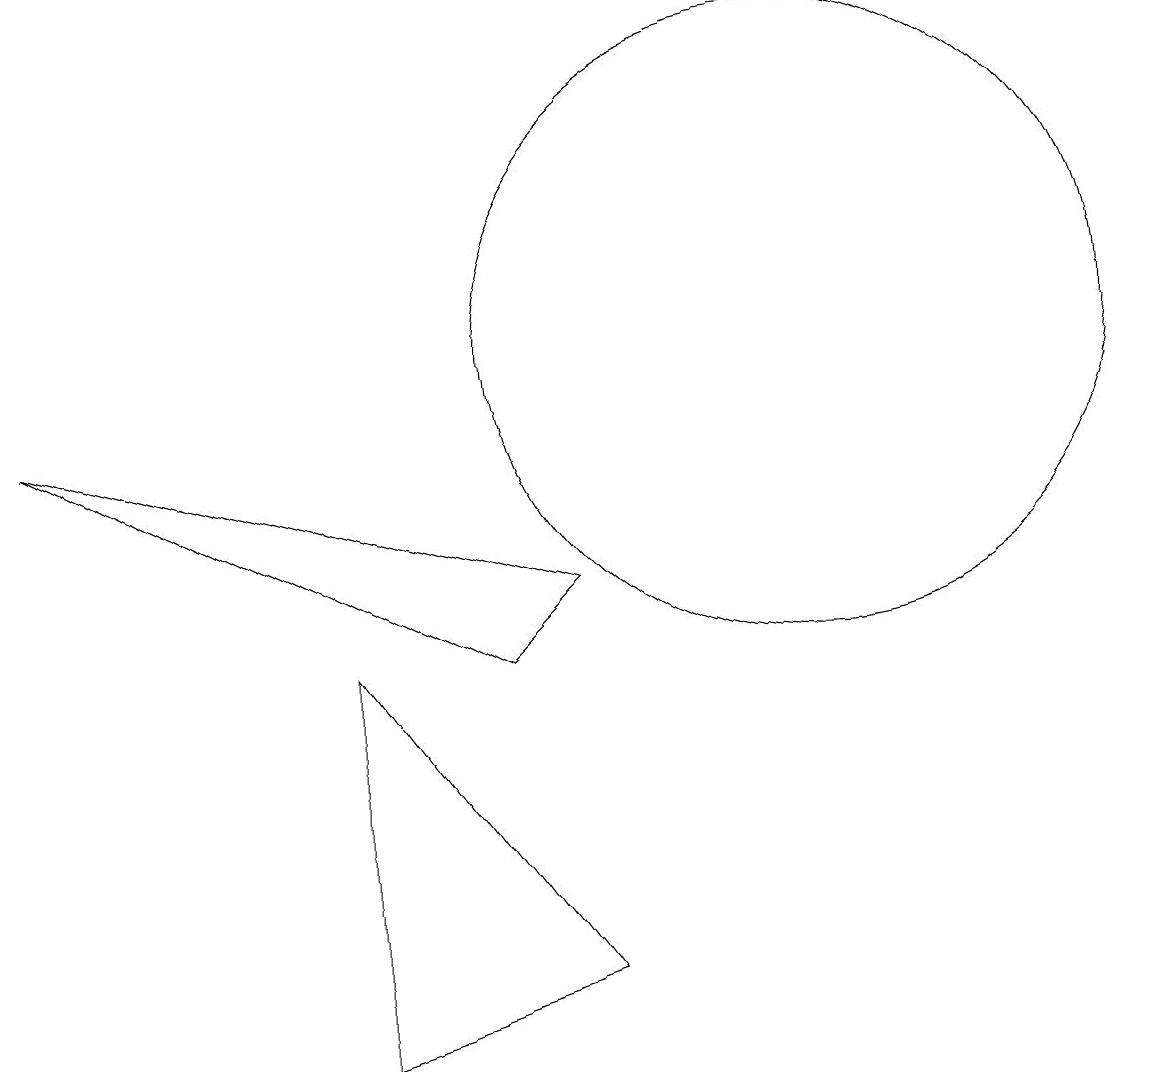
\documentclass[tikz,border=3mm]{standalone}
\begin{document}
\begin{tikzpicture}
\draw (7,7) -- (0,9) -- (6,6) -- cycle;
\draw (7,2) -- (4,6) -- (4,1) -- cycle;
\draw (10,10) circle (4);
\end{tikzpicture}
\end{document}